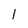
Character: 1